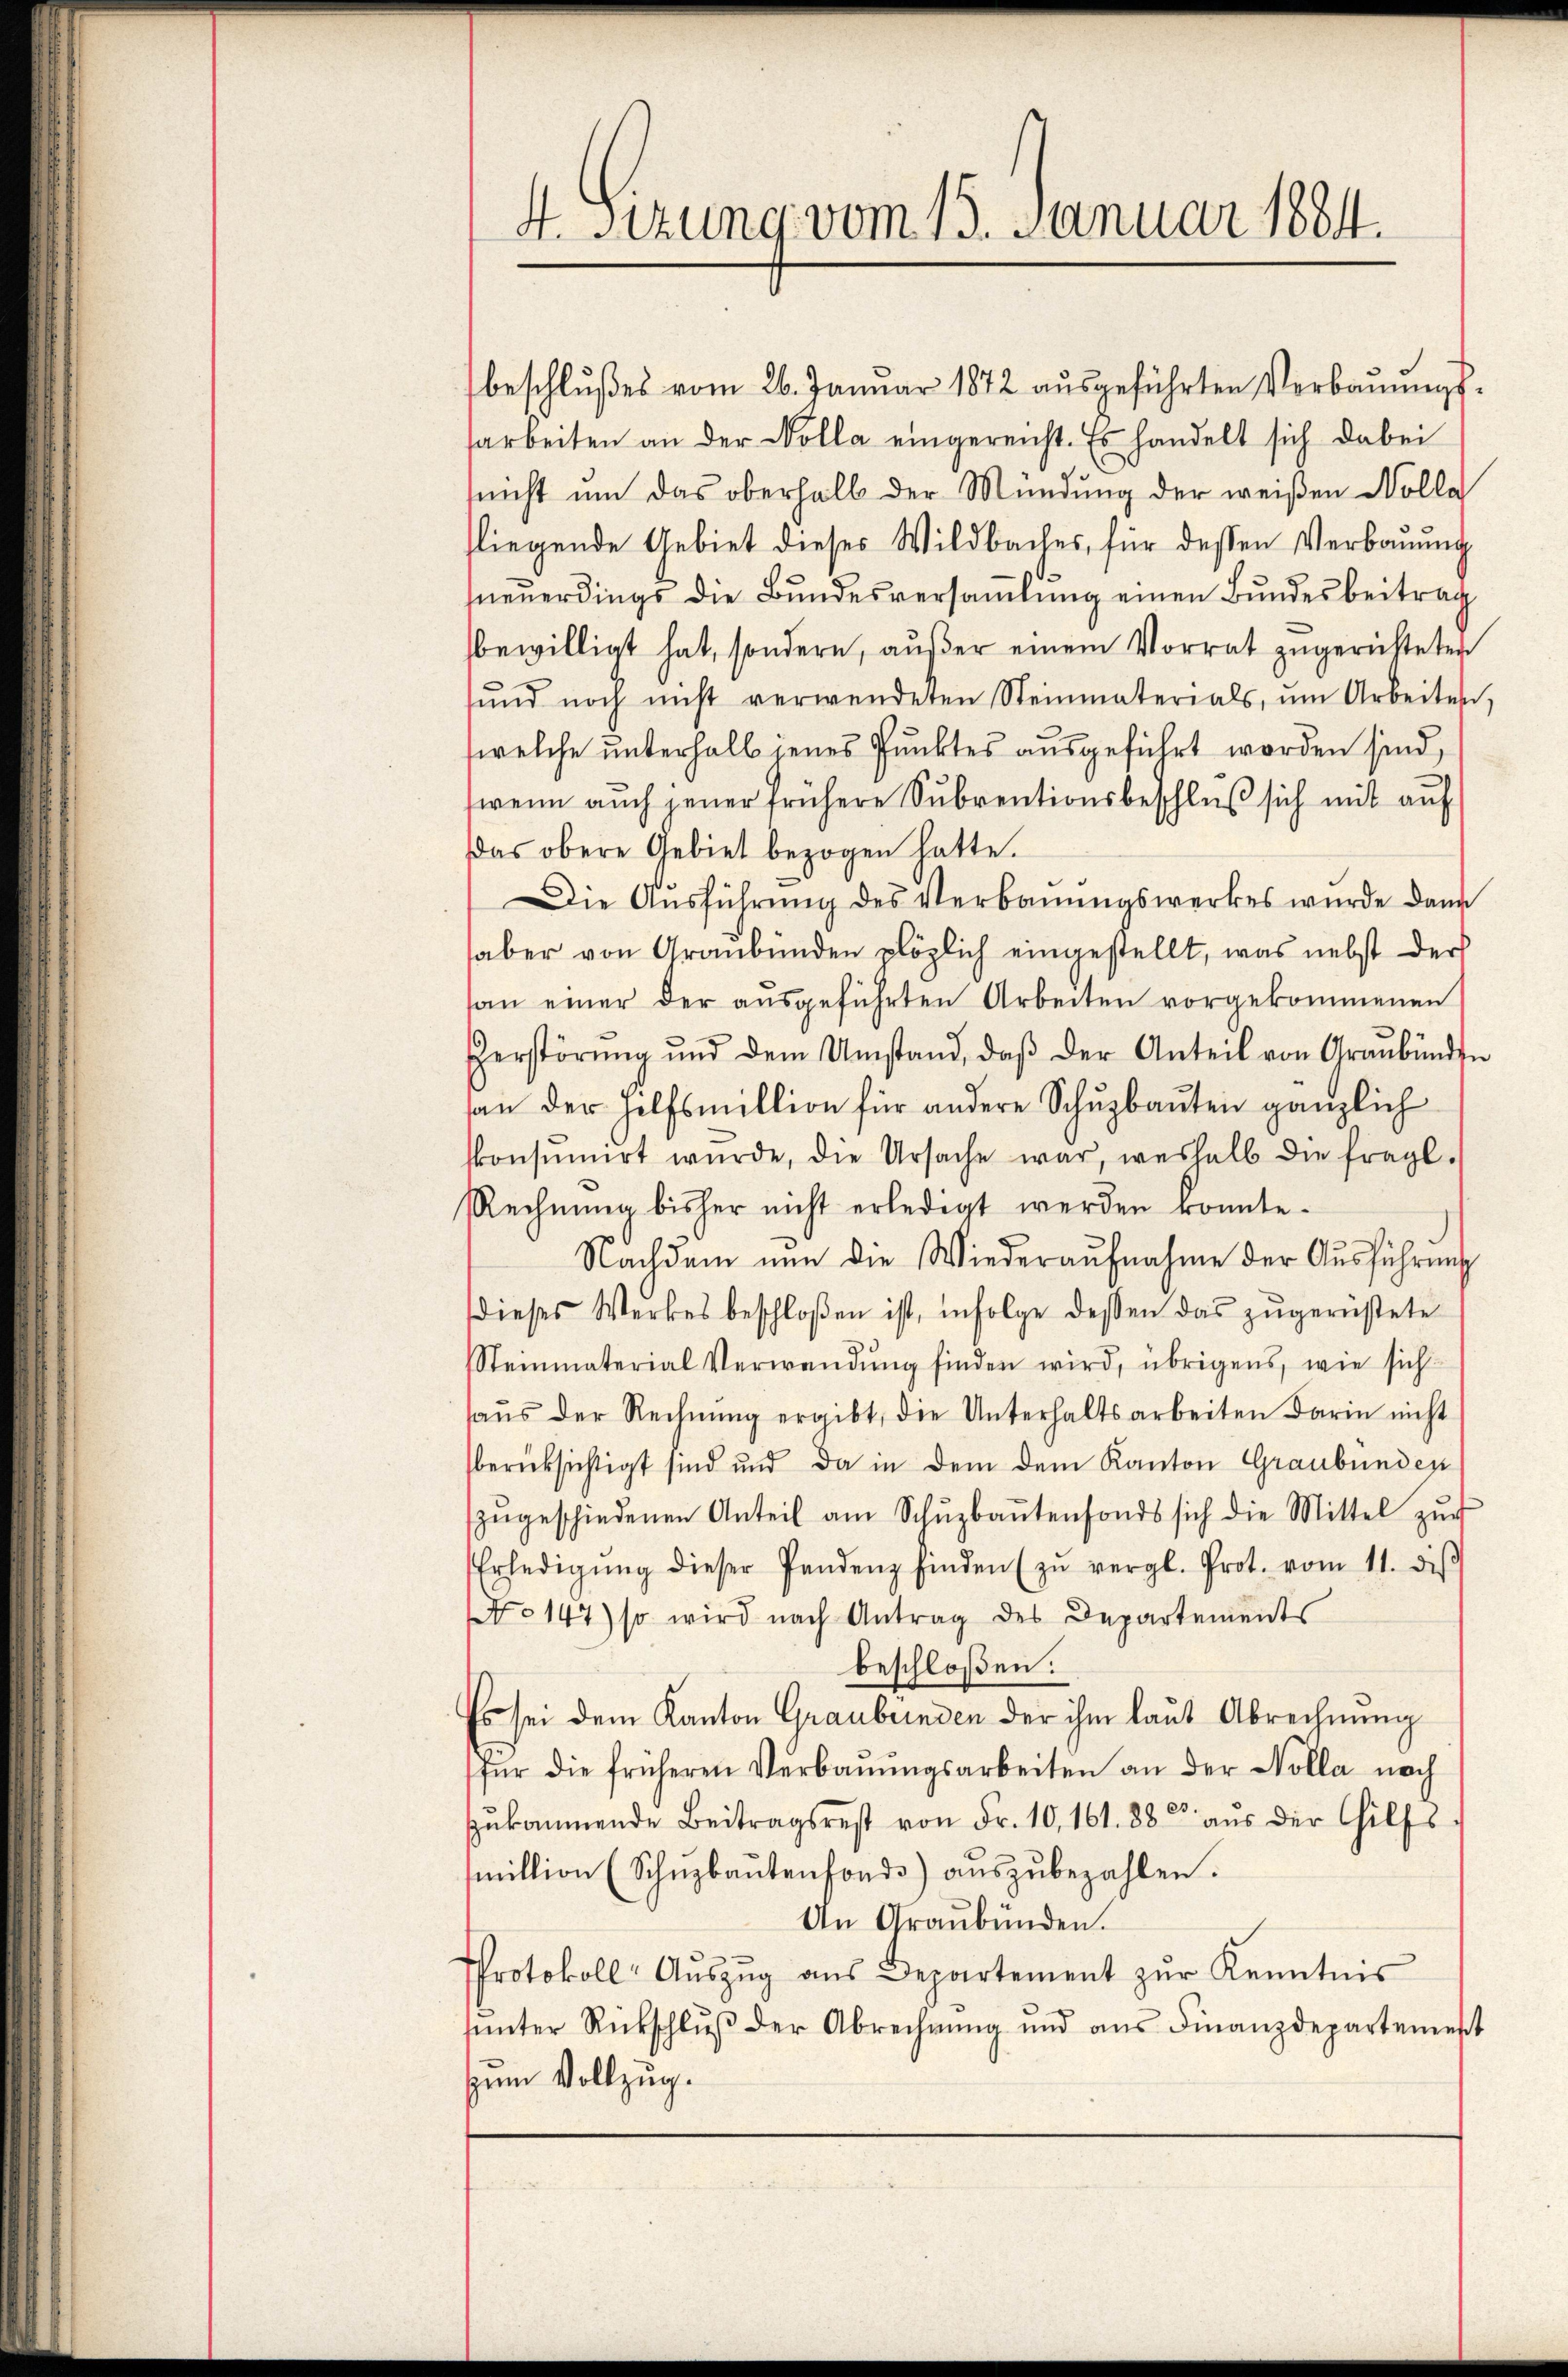
beschlußes vom 26. Januar 1872 ausgeführten Verbauungssarbeiten an der Kolla eingereicht. Es handelt sich dabei
snicht um das oberhalb der Mündung der weißen Nolla
fliegende Gebiet dieses Wildbaches, für dessen Verbauung
neŭerdings die Bŭndesversaṁlŭng einen Bundesbeitrag
bewilligt hat, sondern, außer einem Vorrat zugerichteten
sŭnd noch nicht verwendeten Steinmaterials, ŭm Arbeiten,
welche unterhalb jenes Punktes ausgeführt worden sind,
wenn auch jener frühere Subventionsbeschluß sich mit auf
as obere Gebiet bezogen hatte.
Die Ausführung des Verbauungswerkes wurde dann
haber von Graubünden plözlich eingestellt, was nebst der
san einer der aŭsgeführten Arbeiten vorgekommenen
Herstörŭng ŭnd dem Umstand, daβ der Anteil von Graubünden
an der Hilfsmillion für andere Schuzbauten gänzlich
kkonsumirt würde, die Ursache war, weshalb die fragl.
Rechnung bisher nicht erledigt werden konnte.
Nachdem nun die Wiederaŭfnahme der Aŭsführung
dieses Werkes beschloßen ist, infolge dessen das zŭgerüstete
Steinmaterial Verwendŭng finden wird, übrigens, wie sich
haŭs der Rechnŭng ergibt, die Unterhaltsarbeiten darin nicht
berücksichtigt sind und da in dem dem Kanton Graubünden
zŭgeschiedenen Anteil am Schŭzbaŭtenfonds sich die Mittel zŭr
Erledigŭng dieser Pandenz finden (zŭ vergl. Prot. vom 11. diβ
No 147) so wird nach Antrag des Departements
beschloßen:
Es sei dem Kanton Graubernden der ihm laut Abrechnung
für die früheren Verbaŭŭngsarbeiten an der Nolla nach
zŭkommende Beitragsrest von Fr. 10, 161. 885 aŭs der Hilfs-
million (Schŭzbaŭtenfonds aŭszŭbezahlen.
An Graubünden.
Protokoll- Aŭszŭg aŭs Departement zŭr Kenntnis
ŭnter Rückschlŭβ der Abrechnŭng und aŭs Finanzdepartement
zum Vollzug.

4. Sizung vom 13. Januar 1884.